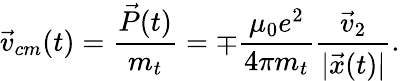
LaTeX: \vec{v}_{cm}(t)=\frac{\vec{P}(t)}{m_{t}}=\mp\frac{\mu_{0}e^{2}}{4\pi m_{t}}\frac{\vec{v}_{2}}{|\vec{x}(t)|}.